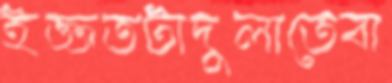
ইজ্জতটাদুলাতেবা